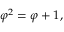
\varphi ^ { 2 } = \varphi + 1 ,